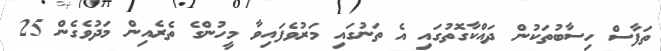
ތަފާސް ހިސާބުތަކުން ދައްކާގޮތުގައި އެ ތަނުގައި މަރުވެފައިވާ މީހުންގެ ތެރެއިން މަދުވެގެން 25